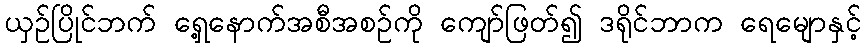
ယှဉ်ပြိုင်ဘက် ရှေ့နောက်အစီအစဉ်ကို ကျော်ဖြတ်၍ ဒရိုင်ဘာက ရေမျောနှင့်